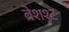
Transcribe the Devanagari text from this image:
ब्रेशश्ट